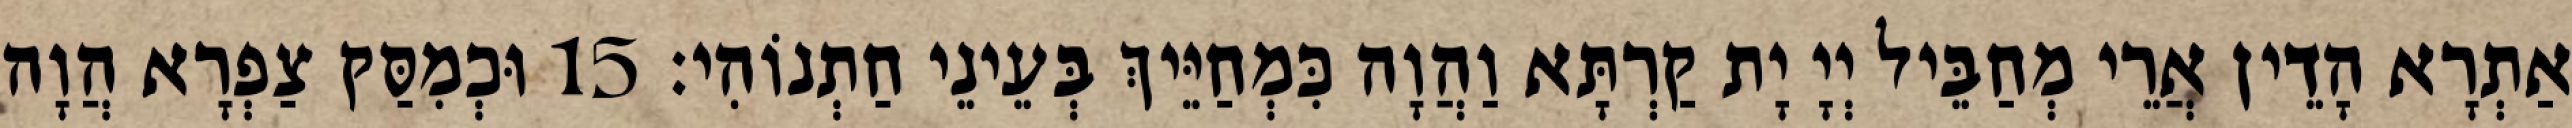
אַתְרָא הָדֵין אֲרֵי מְחַבֵּיל יְיָ יָת קַרְתָּא וַהֲוָה כִּמְחַיֵּיךְ בְּעֵינֵי חַתְנוֹהִי׃ 15 וּכְמִסַּק צַפְרָא הֲוָה